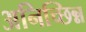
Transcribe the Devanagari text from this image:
अनिच्छिन्न